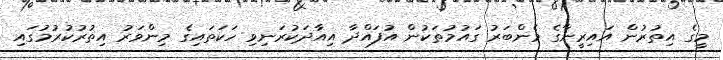
މީގެ އިތުރުން އައިރީނާގެ މެންބަރު ގައުމުތަކުން އުފައްދާ އިއާދަކުރަނިވި ހަކަތައިގެ މިންވަރު އިތުރުކުރުމުގައި